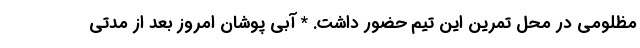
مظلومی در محل تمرین این تیم حضور داشت. * آبی پوشان امروز بعد از مدتی